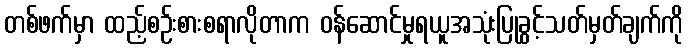
တစ်ဖက်မှာ ထည့်စဉ်းစားစရာလိုတာက ဝန်ဆောင်မှုရယူအသုံးပြုခွင့်သတ်မှတ်ချက်ကို